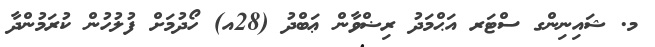
މ. ޝައިނިންގ ސްޓަރ އަޙްމަދު ރިޟްވާން ޢަބްދު (28އ) ހޯދުމަށް ފުލުހުން ކުރަމުންދާ